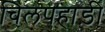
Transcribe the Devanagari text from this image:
चिलपहाड़ी